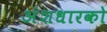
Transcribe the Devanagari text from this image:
अंशधारको